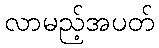
လာမည့်အပတ်